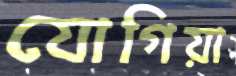
যোগিয়া